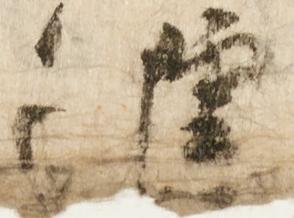
進